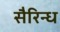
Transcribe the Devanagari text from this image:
सैरिन्ध